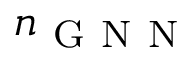
n _ { \mathrm { ~ G ~ N ~ N ~ } }